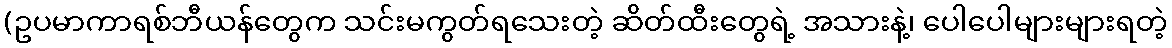
(ဥပမာကာရစ်ဘီယန်တွေက သင်းမကွတ်ရသေးတဲ့ ဆိတ်ထီးတွေရဲ့ အသားနဲ့၊ ပေါပေါများများရတဲ့